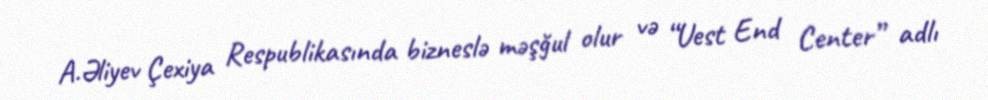
A.Əliyev Çexiya Respublikasında bizneslə məşğul olur və “Uest End Center” adlı